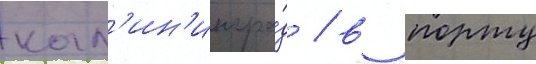
кал'ин'ингра́д / в порту